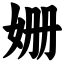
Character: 姗